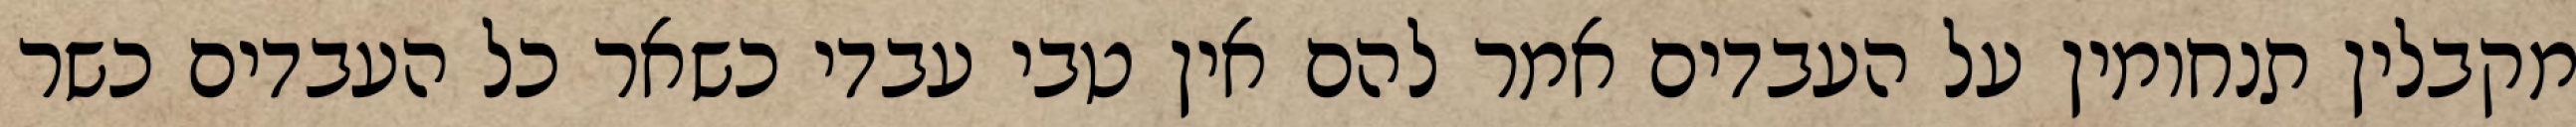
מקבלין תנחומין על העבדים אמר להם אין טבי עבדי כשאר כל העבדים כשר